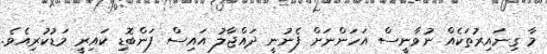
މާ ގިނައިރުތަކެއް ނުވާނީސް އަހަންނަށް ފެނުނީ ދައްޖާލު އައިސް ފަންބޮޑި ކައިރީ މަޑުކުރިއެވެ.